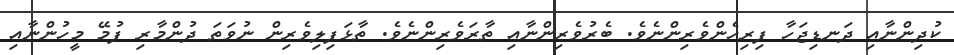
ކުދިންނާއި ދަނޑިޖަހާ ފިރިހެންވެރިންނެވެ. ބެރުވެރިންނާއި ތާރަވެރިންނެވެ. ތާޅަފިލިވެރިން ނުވަތަ ދުންމާރި ފުމޭ މީހުންނާއި